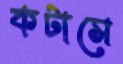
কটাসে